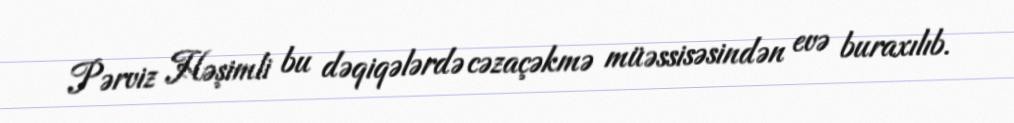
Pərviz Həşimli bu dəqiqələrdə cəzaçəkmə müəssisəsindən evə buraxılıb.